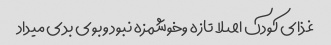
غذای کودک اصلا تازه وخوشمزه نبود وبوی بدی میداد